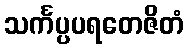
သင်္ကပ္ပပရတေဇိတံ